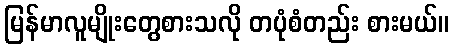
မြန်မာလူမျိုးတွေစားသလို တပုံစံတည်း စားမယ်။